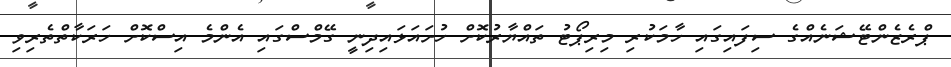
ޕްރެޒެންޓޭޝަނެއްގެ ސިފައިގައި ހާމަކުރި މިރިޕޯޓު ތައްޔާރުކޮށް ހުށައަޅައިދިނީ ގޭމްސްގައި އެންމެ އިސްކޮށް ހަރަކާތްތެރިވި